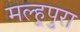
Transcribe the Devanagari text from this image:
मल्हूपुरा